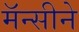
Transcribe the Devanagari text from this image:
मॅन्सीने